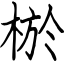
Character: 棜